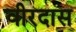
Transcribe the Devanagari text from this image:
वीरदास